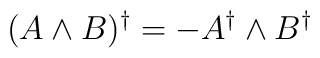
( A \wedge B )^\dagger = - A^\dagger \wedge B^\dagger